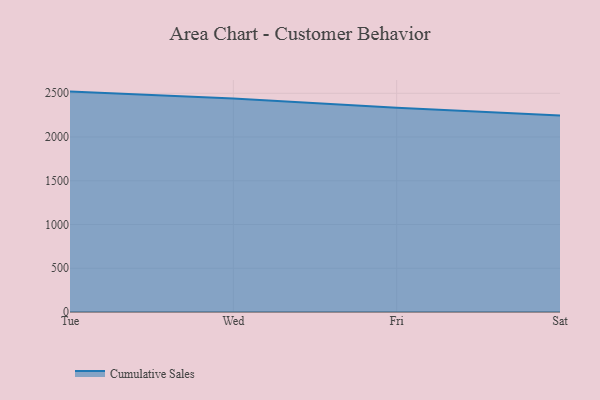
{"axis": {"x": "Day", "y": "Temperature (°C)"}, "legend": ["Cumulative Sales"], "data": [{"x": "Tue", "y": 2518.8, "type": "Cumulative Sales"}, {"x": "Wed", "y": 2439.8, "type": "Cumulative Sales"}, {"x": "Fri", "y": 2333.2, "type": "Cumulative Sales"}, {"x": "Sat", "y": 2244.4, "type": "Cumulative Sales"}]}